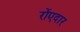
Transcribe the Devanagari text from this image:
रोंएदार